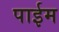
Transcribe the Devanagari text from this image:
पाईम